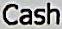
CASH